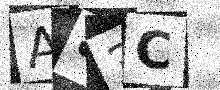
Text: A83C